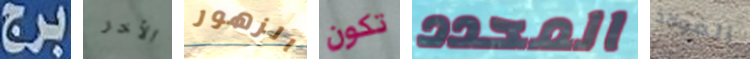
برج الأخر الزهور تكون المحدد الفولاذ